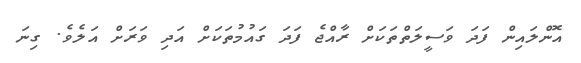
އޮންލައިން ފަދަ ވަސީލަތްތަކަށް ރާއްޖެ ފަދަ ގައުމުތަކަށް އަދި ވަރަށް އަލެވެ. ގިނަ